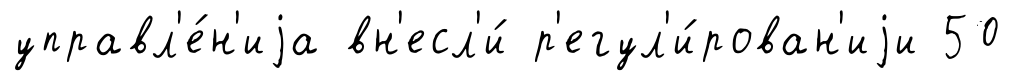
управл'е́н'иjа вн'есл'и́ р'егул'и́рован'иjи 50